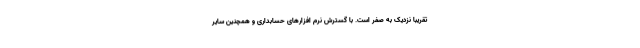
تقریبا نزدیک به صفر است. با گسترش نرم افزارهای حسابداری و همچنین سایر